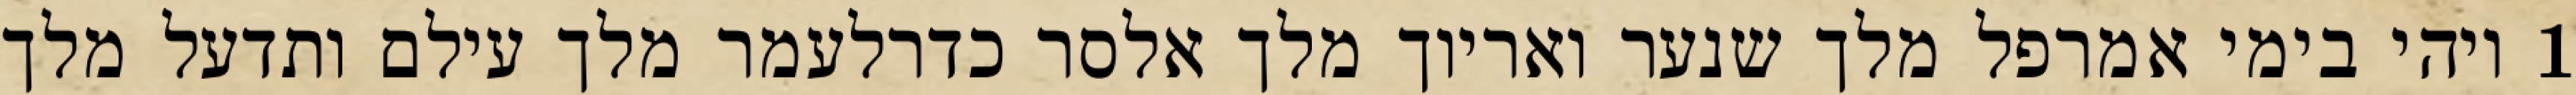
1 ויהי בימי אמרפל מלך שנער ואריוך מלך אלסר כדרלעמר מלך עילם ותדעל מלך